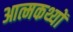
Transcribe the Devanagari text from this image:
आत्मकथ्यों